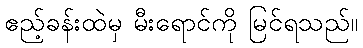
ဧည့်ခန်းထဲမှ မီးရောင်ကို မြင်ရသည်။